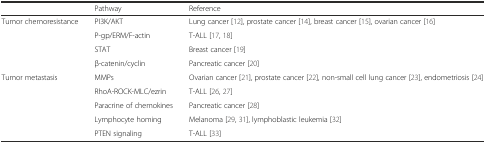
|  | Pathway | Reference |
 | --- | --- | --- |
 | <ROWSPAN=4> Tumor chemoresistance | PI3K/AKT | Lung cancer [12], prostate cancer [14], breast cancer [15], ovarian cancer [16] |
 | P-gp/ERM/F-actin | T-ALL [17, 18] |
 | STAT | Breast cancer [19] |
 | β-catenin/cyclin | Pancreatic cancer [20] |
 | <ROWSPAN=5> Tumor metastasis | MMPs | Ovarian cancer [21], prostate cancer [22], non-small cell lung cancer [23], endometriosis [24] |
 | RhoA-ROCK-MLC/ezrin | T-ALL [26, 27] |
 | Paracrine of chemokines | Pancreatic cancer [28] |
 | Lymphocyte homing | Melanoma [29, 31], lymphoblastic leukemia [32] |
 | PTEN signaling | T-ALL [33] |